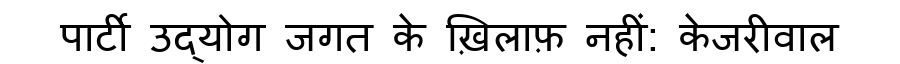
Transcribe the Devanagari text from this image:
पार्टी उद्योग जगत के ख़िलाफ़ नहीं: केजरीवाल